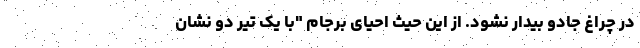
در چراغ جادو بیدار نشود. از این حیث احیای برجام "با یک تیر دو نشان